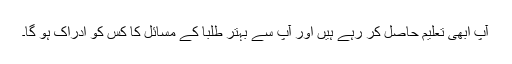
آپ ابھی تعلیم حاصل کر رہے ہیں اور آپ سے بہتر طلبا کے مسائل کا کس کو ادراک ہو گا۔